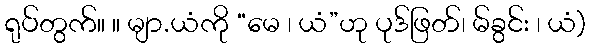
ရုပ်တွက်။ ။ မျာ.ယံကို “မေ ၊ ယံ”ဟု ပုဒ်ဖြတ်၊ မ်ခွင်း ၊ ယံ)